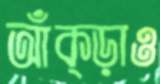
আঁক্‌ড়াও